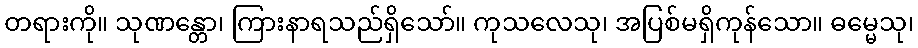
တရားကို။ သုဏန္တော၊ ကြားနာရသည်ရှိသော်။ ကုသလေသု၊ အပြစ်မရှိကုန်သော။ ဓမ္မေသု၊